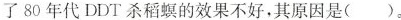
了 80 年代 DDT 杀稻螟的效果不好，其原因是( )。